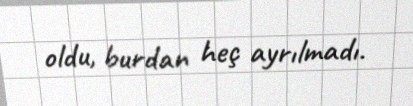
oldu, burdan heç ayrılmadı.